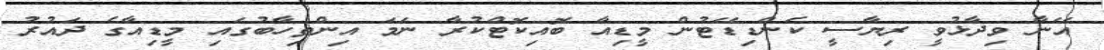
އޭނާ ވިދާޅުވީ ރިޔާސީ ކެންޑިޑޭޓުން މީޑިއާ ބޮއިކޮޓްކުރާ ނަމަ އިންތިހާބުގައި މީޑިއާގެ ދައުރު